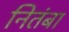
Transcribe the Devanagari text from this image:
नितंबा